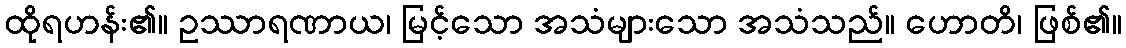
ထိုရဟန်း၏။ ဥဿာရဏာယ၊ မြင့်သော အသံများသော အသံသည်။ ဟောတိ၊ ဖြစ်၏။